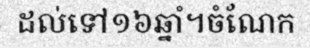
ដល់ទៅ១៦ឆ្នាំ។ចំណែក